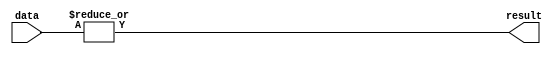
module OR_gate (
    input [15:0] data,
    output result
);

assign result = |data;

endmodule